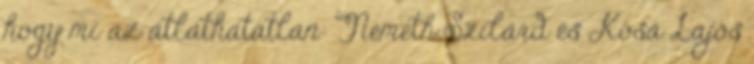
hogy mi az átláthatatlan: Németh Szilárd és Kósa Lajos